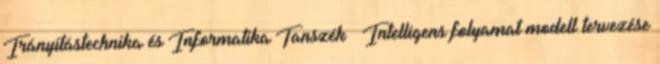
Irányítástechnika és Informatika Tanszék » Intelligens folyamat modell tervezése